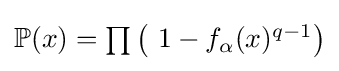
{\textstyle \mathbb {P} (x)=\prod \left(\ 1-f_{\alpha }(x)^{q-1}\right)}